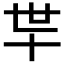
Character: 𰅲